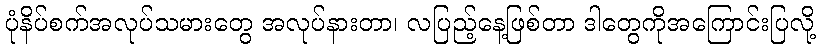
ပုံနိပ်စက်အလုပ်သမားတွေ အလုပ်နားတာ၊ လပြည့်နေ့ဖြစ်တာ ဒါတွေကိုအကြောင်းပြလို့